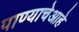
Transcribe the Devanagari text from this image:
पाण्याचेआहे